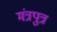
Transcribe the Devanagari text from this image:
मंत्रपुत्र